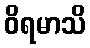
ဝိရမာသိ